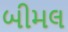
બીમલ